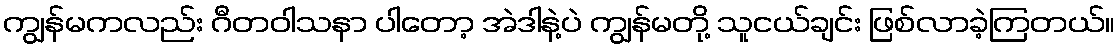
ကျွန်မကလည်း ဂီတဝါသနာ ပါတော့ အဲဒါနဲ့ပဲ ကျွန်မတို့ သူငယ်ချင်း ဖြစ်လာခဲ့ကြတယ်။